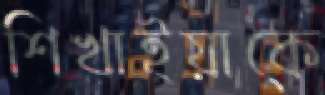
শিখাইয়াকে